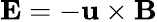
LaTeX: {\mathbf{E}}=-{\mathbf{u}}\times{\mathbf{B}}